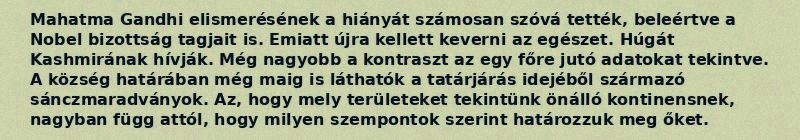
Mahatma Gandhi elismerésének a hiányát számosan szóvá tették, beleértve a Nobel bizottság tagjait is. Emiatt újra kellett keverni az egészet. Húgát Kashmirának hívják. Még nagyobb a kontraszt az egy főre jutó adatokat tekintve. A község határában még maig is láthatók a tatárjárás idejéből származó sánczmaradványok. Az, hogy mely területeket tekintünk önálló kontinensnek, nagyban függ attól, hogy milyen szempontok szerint határozzuk meg őket.